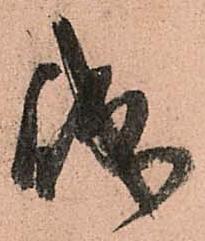
誠